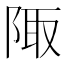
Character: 陬